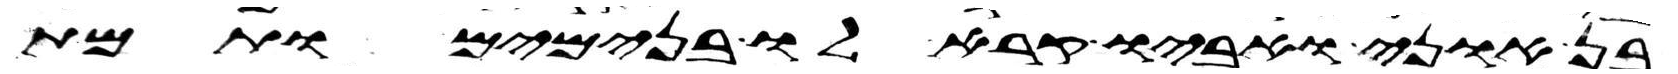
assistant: בן אוני ואביו קרא לו בנימים ותמת